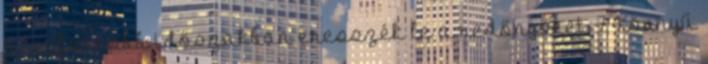
a legforróbb időszakban eresszék le a redőnyöket. 7, Könnyű